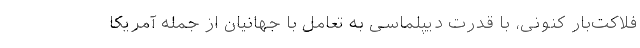
فلاکت‌بار کنونی، با قدرت دیپلماسی به تعامل با جهانیان از جمله آمریکا